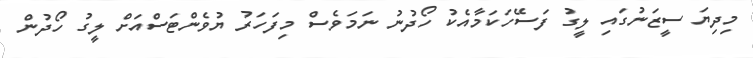
މިދިޔަ ސީޒަނުގައި ލީގު ފަސޭހަކަމާއެކު ހޯދުނު ނަމަވެސް މިފަހަރު ޔުވެންޓަސްއަށް ލީގު ހޯދުން